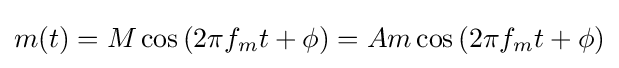
m(t)=M\cos \left(2\pi f_{m}t+\phi \right)=Am\cos \left(2\pi f_{m}t+\phi \right)